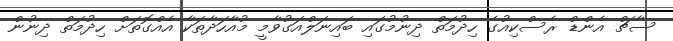
ސާޗް އެންޑް ރެސްކިއުގެ ހިދުމަތް ދިނުމުގައި ބައިނަލްއަގުވާމީ މުއާހަދާތަކާ އެއްގޮތަށް ހިދުމަތް ދިނުން